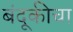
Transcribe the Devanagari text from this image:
बंदूकीचा